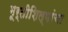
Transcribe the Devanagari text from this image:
मूर्तीशिल्पांचा